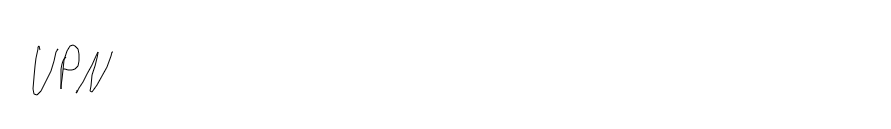
VPN